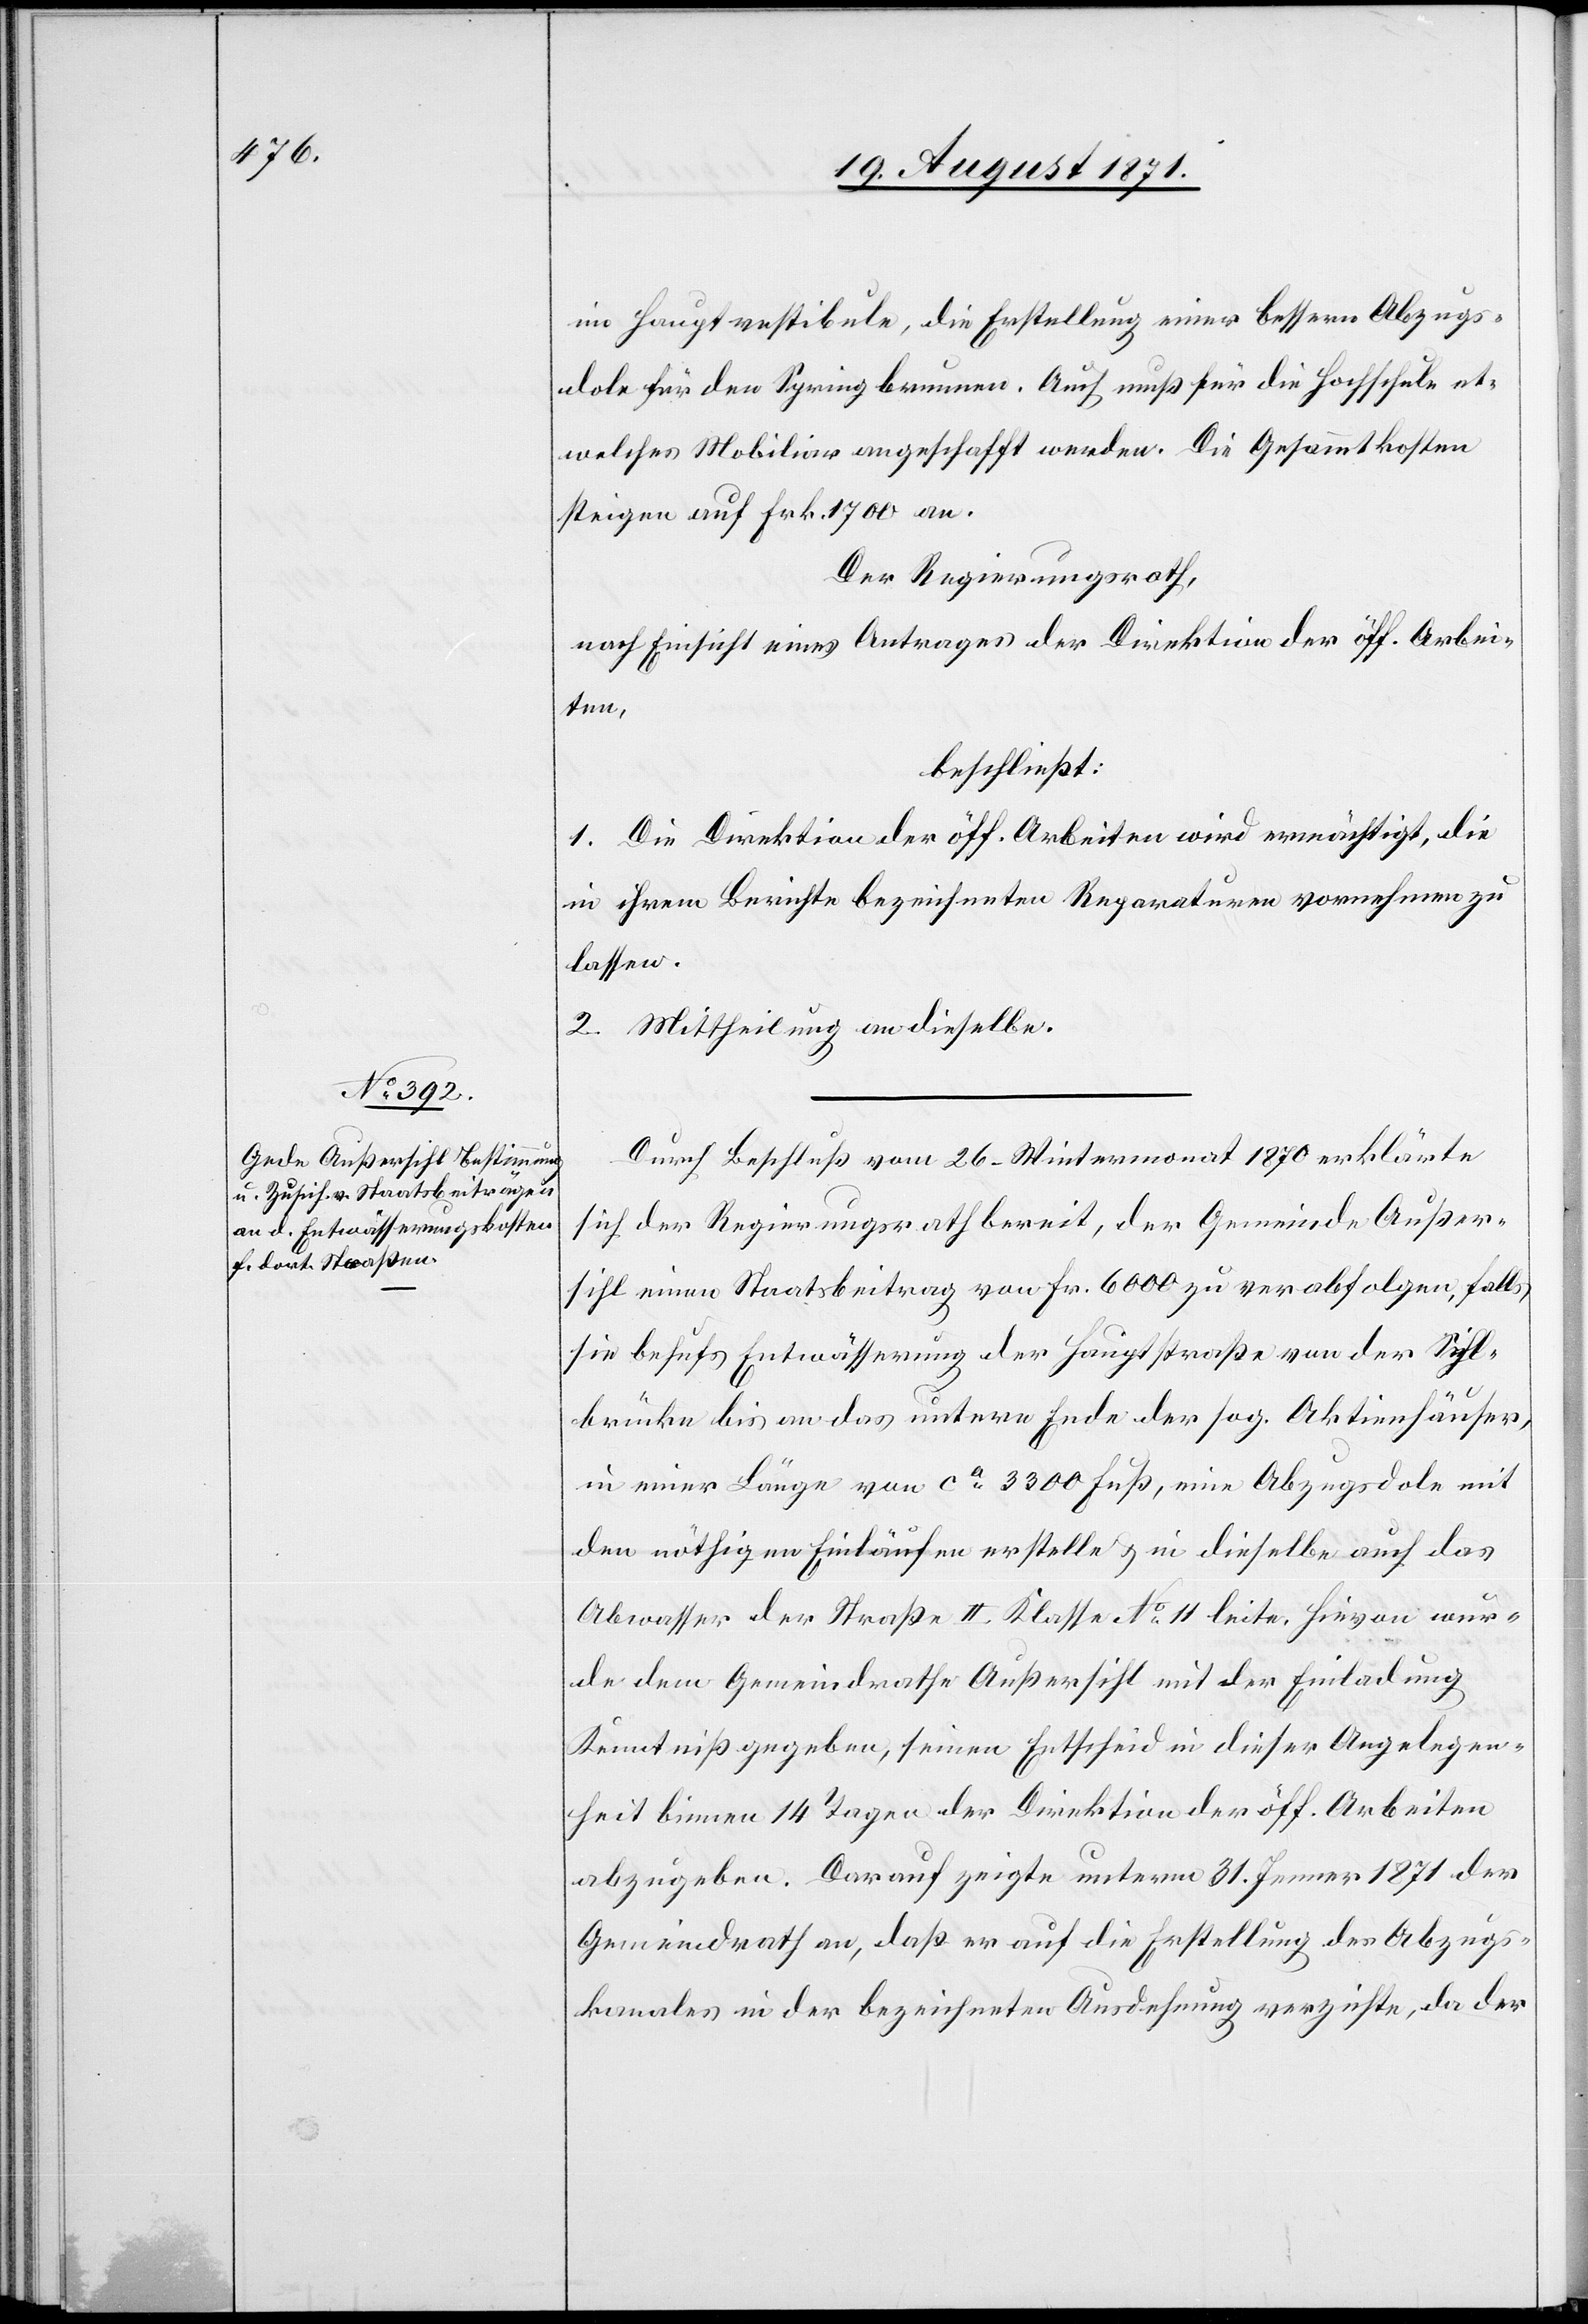
im Hauptvestibule, die Erstellung einer besseren Abzugs¬
dole für den Springbrunnen. Auch muß für die Hochschule et¬
welches Mobiliar angeschafft werden. Die Gesammtkosten
steigen auf Frk. 1700 an.
Der Regierungsrath,
nach Einsicht eines Antrages der Direktion der öff. Arbei¬
ten,
beschließt:
1. Die Direktion der öff. Arbeiten wird ermächtigt, die
in ihrem Berichte bezeichneten Reparaturen vornehmen zu
lassen.
2. Mittheilung an dieselben.
Durch Beschluß vom 26. Wintermonat 1870 erklärte
sich der Regierungsrath bereit, der Gemeinde Außer¬
sihl einen Staatsbeitrag von Fr. 6000 zu verabfolgen falls
sie behufs Entwässerung der Hauptstraße von der Sihl¬
brücke bis an das untere Ende der sog. Aktienhäuser,
in einer Länge von ca 3300 Fuß, eine Abzugsdole mit
den nöthigen Einläufen erstelle & sie dieselbe auf das
Abwasser der Straße II. Klasse No 11 leite, hievon wur¬
de dem Gemeindrath Außersihl mit der Einladung
Kenntniß gegeben, seinen Entscheid in dieser Angelegen¬
heit binnen 14 Tagen der Direktion der öff. Arbeiten
abzugeben. Darauf zeigte unterm 31. Januar 1871 der
Gemeindrath an, daß er auf die Erstellung des Abzugs¬
kanales in der bezeichneten Ausdehnung verzichte, da der